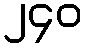
၂၄၀